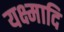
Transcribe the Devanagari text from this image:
यक्ष्मादि